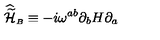
{ \widehat { \widetilde { \cal H } } } _ { \scriptscriptstyle B } \equiv - i \omega ^ { a b } \partial _ { b } H \partial _ { a }